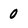
Character: 0